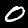
Digit: 0